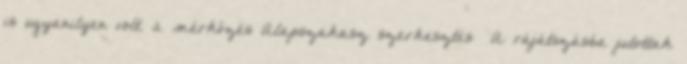
is ugyanilyen volt. 2 mérkőzés Alapszakasz szerkesztés A rájátszásba jutottak